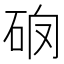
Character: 𥑩